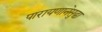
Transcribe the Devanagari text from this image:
पारायणानेसुद्धा